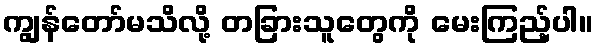
ကျွန်တော်မသိလို့ တခြားသူတွေကို မေးကြည့်ပါ။